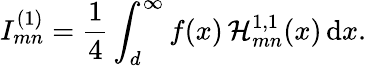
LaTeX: I_{mn}^{(1)}=\frac{1}{4}\int_{d}^{\infty}f(x)\, \mathcal{H}_{mn}^{1,1}(x)\, \textrm{d}x.